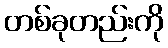
တစ်ခုတည်းကို